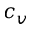
c _ { v }